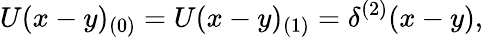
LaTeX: U(x-y)_{(0)}=U(x-y)_{(1)}=\delta^{(2)}(x-y),